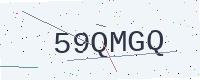
Text: 59QMGQ